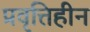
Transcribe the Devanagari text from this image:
प्रवृत्तिहीन